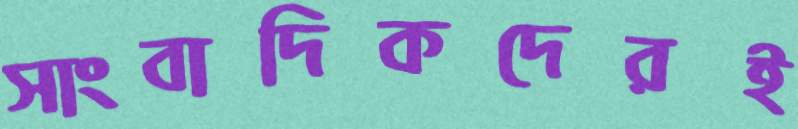
সাংবাদিকদেরই